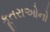
કૂતરાઓનો